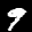
Label: 9